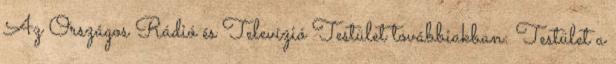
Az Országos Rádió és Televízió Testület továbbiakban: Testület a